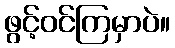
ဖွင့်ဝင်ကြမှာပဲ။